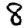
Digit: 8